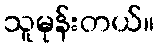
သူမုန်းတယ်။